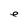
Character: e